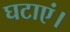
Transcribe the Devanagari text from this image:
घटाएं।